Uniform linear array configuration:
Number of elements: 48
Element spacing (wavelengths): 1
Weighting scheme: blackman
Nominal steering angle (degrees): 15
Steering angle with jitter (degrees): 14.538
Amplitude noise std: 0.05
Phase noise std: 0.05

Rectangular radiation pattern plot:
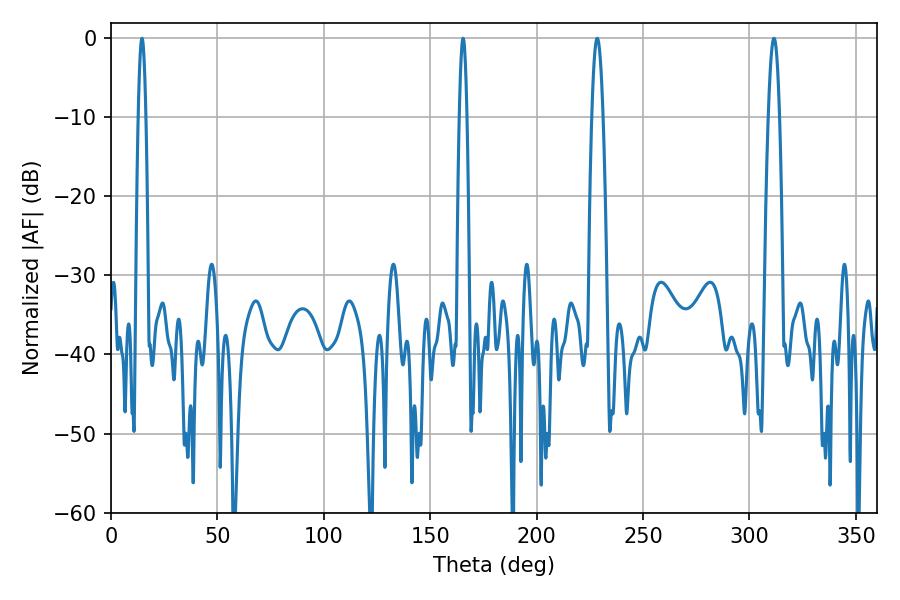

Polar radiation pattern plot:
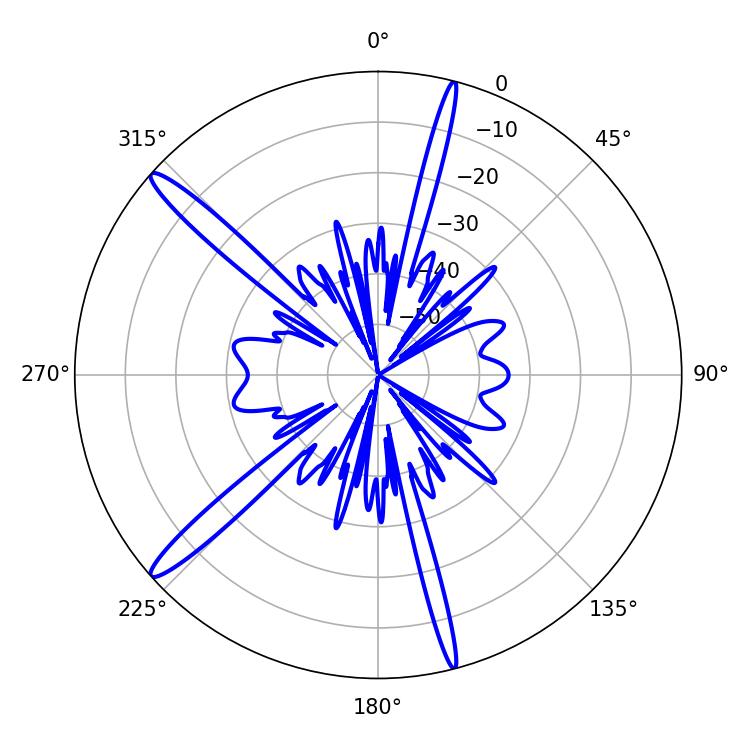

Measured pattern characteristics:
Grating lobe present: TRUE
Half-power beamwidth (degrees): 1.8
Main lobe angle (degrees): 14.58